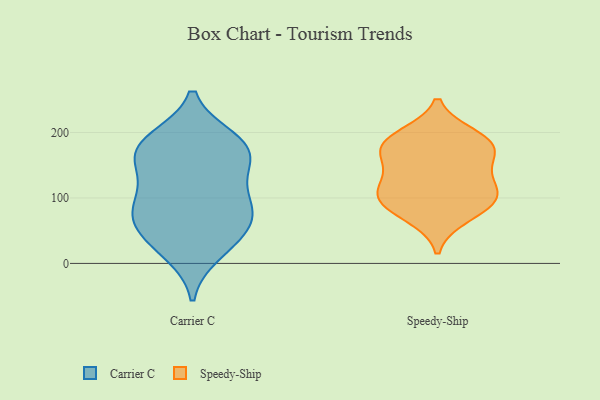
{"axis": {"x": "Latency (ms)", "y": "Value"}, "legend": ["Carrier C", "Speedy-Ship"], "data": [{"x": "", "y": 153, "type": "Carrier C"}, {"x": "", "y": 75, "type": "Carrier C"}, {"x": "", "y": 185, "type": "Carrier C"}, {"x": "", "y": 16, "type": "Carrier C"}, {"x": "", "y": 190, "type": "Carrier C"}, {"x": "", "y": 26, "type": "Carrier C"}, {"x": "", "y": 140, "type": "Carrier C"}, {"x": "", "y": 69, "type": "Carrier C"}, {"x": "", "y": 100, "type": "Carrier C"}, {"x": "", "y": 183, "type": "Carrier C"}, {"x": "", "y": 82, "type": "Carrier C"}, {"x": "", "y": 166, "type": "Carrier C"}, {"x": "", "y": 61, "type": "Carrier C"}, {"x": "", "y": 106, "type": "Carrier C"}, {"x": "", "y": 46, "type": "Carrier C"}, {"x": "", "y": 172, "type": "Carrier C"}, {"x": "", "y": 72, "type": "Speedy-Ship"}, {"x": "", "y": 102, "type": "Speedy-Ship"}, {"x": "", "y": 155, "type": "Speedy-Ship"}, {"x": "", "y": 179, "type": "Speedy-Ship"}, {"x": "", "y": 99, "type": "Speedy-Ship"}, {"x": "", "y": 91, "type": "Speedy-Ship"}, {"x": "", "y": 183, "type": "Speedy-Ship"}, {"x": "", "y": 194, "type": "Speedy-Ship"}, {"x": "", "y": 132, "type": "Speedy-Ship"}, {"x": "", "y": 113, "type": "Speedy-Ship"}, {"x": "", "y": 178, "type": "Speedy-Ship"}]}